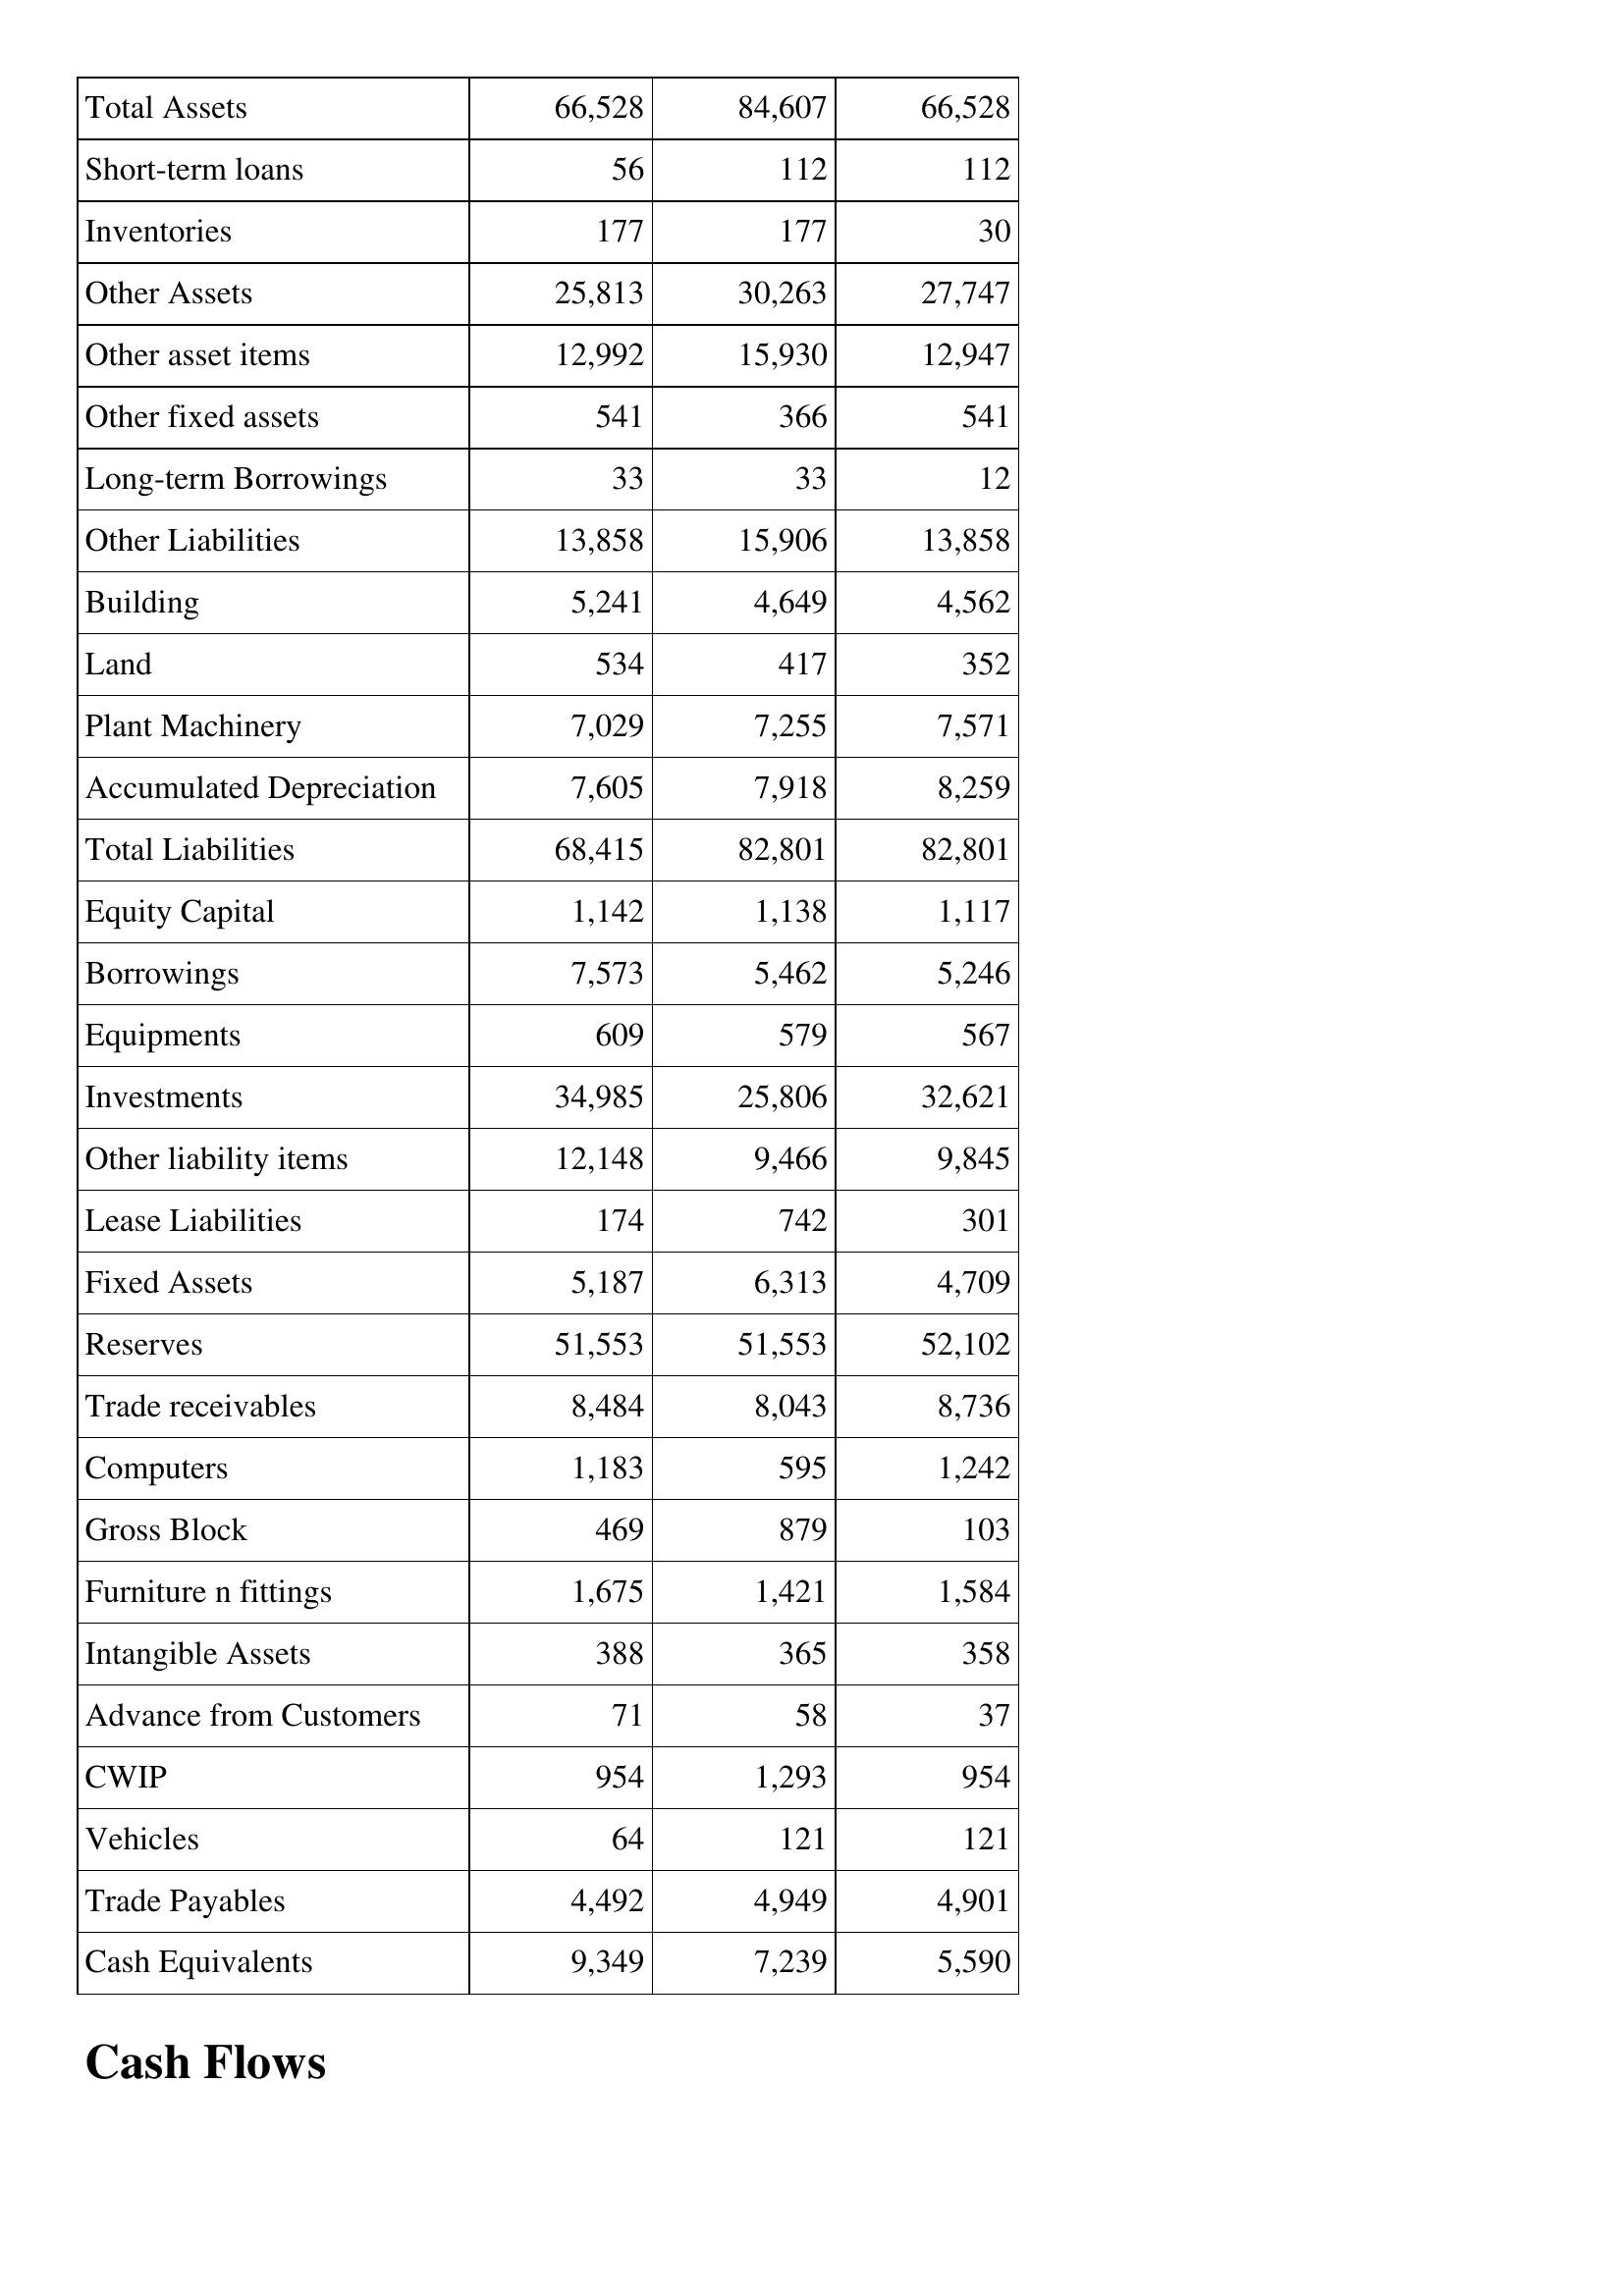
Apr-19: Balance Sheet: Total Assets: 66,528
Short-term loans: 56
Inventories: 177
Other Assets: 25,813
Other asset items: 12,992
Other fixed assets: 541
Long-term Borrowings: 33
Other Liabilities: 13,858
Building: 5,241
Land: 534
Plant Machinery: 7,029
Accumulated Depreciation: 7,605
Total Liabilities: 68,415
Equity Capital: 1,142
Borrowings: 7,573
Equipments: 609
Investments: 34,985
Other liability items: 12,148
Lease Liabilities: 174
Fixed Assets: 5,187
Reserves: 51,553
Trade receivables: 8,484
Computers: 1,183
Gross Block: 469
Furniture n fittings: 1,675
Intangible Assets: 388
Advance from Customers: 71
CWIP: 954
Vehicles: 64
Trade Payables: 4,492
Cash Equivalents: 9,349
Apr-18: Balance Sheet: Total Assets: 84,607
Short-term loans: 112
Inventories: 177
Other Assets: 30,263
Other asset items: 15,930
Other fixed assets: 366
Long-term Borrowings: 33
Other Liabilities: 15,906
Building: 4,649
Land: 417
Plant Machinery: 7,255
Accumulated Depreciation: 7,918
Total Liabilities: 82,801
Equity Capital: 1,138
Borrowings: 5,462
Equipments: 579
Investments: 25,806
Other liability items: 9,466
Lease Liabilities: 742
Fixed Assets: 6,313
Reserves: 51,553
Trade receivables: 8,043
Computers: 595
Gross Block: 879
Furniture n fittings: 1,421
Intangible Assets: 365
Advance from Customers: 58
CWIP: 1,293
Vehicles: 121
Trade Payables: 4,949
Cash Equivalents: 7,239
Apr-17: Balance Sheet: Total Assets: 66,528
Short-term loans: 112
Inventories: 30
Other Assets: 27,747
Other asset items: 12,947
Other fixed assets: 541
Long-term Borrowings: 12
Other Liabilities: 13,858
Building: 4,562
Land: 352
Plant Machinery: 7,571
Accumulated Depreciation: 8,259
Total Liabilities: 82,801
Equity Capital: 1,117
Borrowings: 5,246
Equipments: 567
Investments: 32,621
Other liability items: 9,845
Lease Liabilities: 301
Fixed Assets: 4,709
Reserves: 52,102
Trade receivables: 8,736
Computers: 1,242
Gross Block: 103
Furniture n fittings: 1,584
Intangible Assets: 358
Advance from Customers: 37
CWIP: 954
Vehicles: 121
Trade Payables: 4,901
Cash Equivalents: 5,590